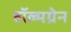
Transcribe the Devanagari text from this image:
हॉल्मग्रेन